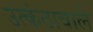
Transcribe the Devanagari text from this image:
उत्कंठावाले